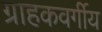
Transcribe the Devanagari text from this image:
ग्राहकवर्गीय